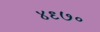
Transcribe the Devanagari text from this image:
४९७०